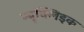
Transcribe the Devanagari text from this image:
न्यूक्लिइक